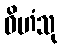
ဝိဟံသု